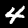
Digit: 4